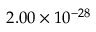
2 . 0 0 \times 1 0 ^ { - 2 8 }